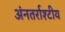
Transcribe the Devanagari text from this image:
अंनतर्राश्टीय